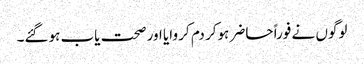
لوگوں نے فوراً حاضر ہوکر دم کر وایا اور صحت یاب ہوگئے۔